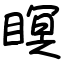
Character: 瞑